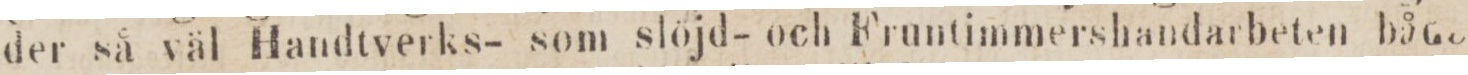
der så väl Handtverks- som slöjd- och Fruntimmershandarbeten både